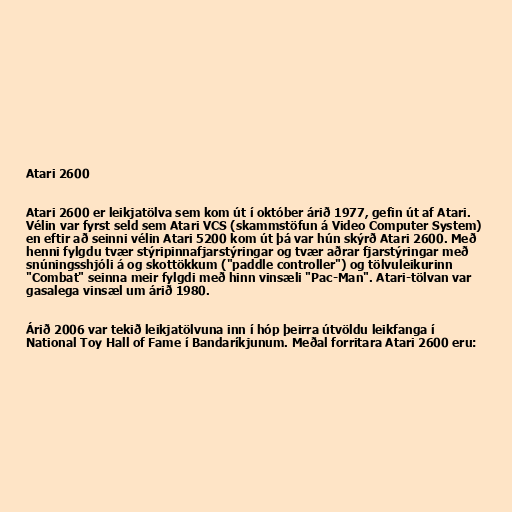
Atari 2600

Atari 2600 er leikjatölva sem kom út í október árið 1977, gefin út af Atari.
Vélin var fyrst seld sem Atari VCS (skammstöfun á Video Computer System)
en eftir að seinni vélin Atari 5200 kom út þá var hún skýrð Atari 2600. Með
henni fylgdu tvær stýripinnafjarstýringar og tvær aðrar fjarstýringar með
snúningsshjóli á og skottökkum ("paddle controller") og tölvuleikurinn
"Combat" seinna meir fylgdi með hinn vinsæli "Pac-Man". Atari-tölvan var
gasalega vinsæl um árið 1980.

Árið 2006 var tekið leikjatölvuna inn í hóp þeirra útvöldu leikfanga í
National Toy Hall of Fame í Bandaríkjunum. Meðal forritara Atari 2600 eru: